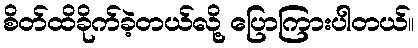
စိတ်ထိခိုက်ခဲ့တယ်လို့ ပြောကြားပါတယ်။